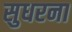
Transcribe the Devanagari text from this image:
सुधरना